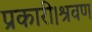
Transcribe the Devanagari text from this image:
प्रकारी।श्रवण